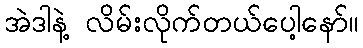
အဲဒါနဲ့ လိမ်းလိုက်တယ်ပေါ့နော်။